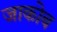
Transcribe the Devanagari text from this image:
जाकोब